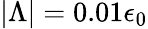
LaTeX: |\Lambda|=0.01\epsilon_{0}